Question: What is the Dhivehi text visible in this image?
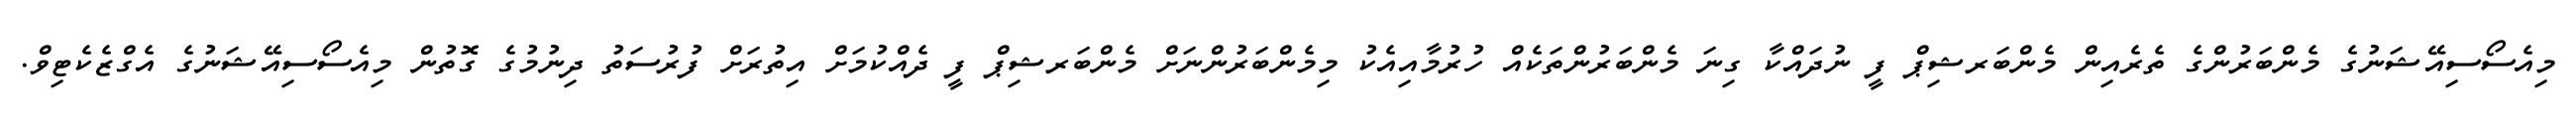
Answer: މިއެސޯސިއޭޝަނުގެ މެންބަރުންގެ ތެރެއިން މެންބަރޝިޕް ފީ ނުދައްކާ ގިނަ މެންބަރުންތަކެއް ހުރުމާއިއެކު މިމެންބަރުންނަށް މެންބަރޝިޕް ފީ ދެއްކުމަށް އިތުރަށް ފުރުސަތު ދިނުމުގެ ގޮތުން މިއެސޯސިއޭޝަނުގެ އެގްޒެކެޓިވް.